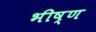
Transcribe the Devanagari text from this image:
भीष्ण